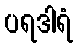
ပရဒါရံ